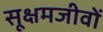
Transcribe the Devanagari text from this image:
सूक्षमजीवों